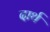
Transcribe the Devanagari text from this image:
दार्थ